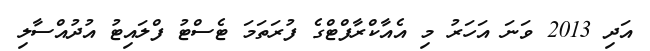
އަދި 2013 ވަނަ އަހަރު މި އެއާކްރާފްޓްގެ ފުރަތަމަ ޓެސްޓު ފްލައިޓު އުދުއްސާލި